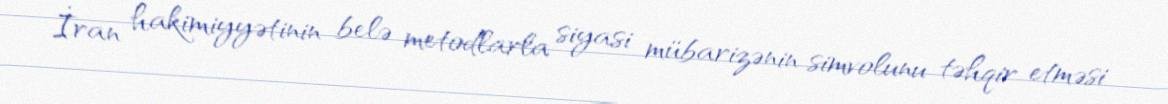
İran hakimiyyətinin belə metodlarla siyasi mübarizənin simvolunu təhqir etməsi